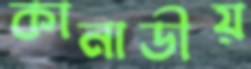
কানাডীয়